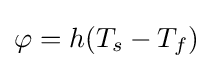
\varphi =h(T_{s}-T_{f})